Vaccination Hyderabad 1890-1903 - 1890-1903
Year: 1890
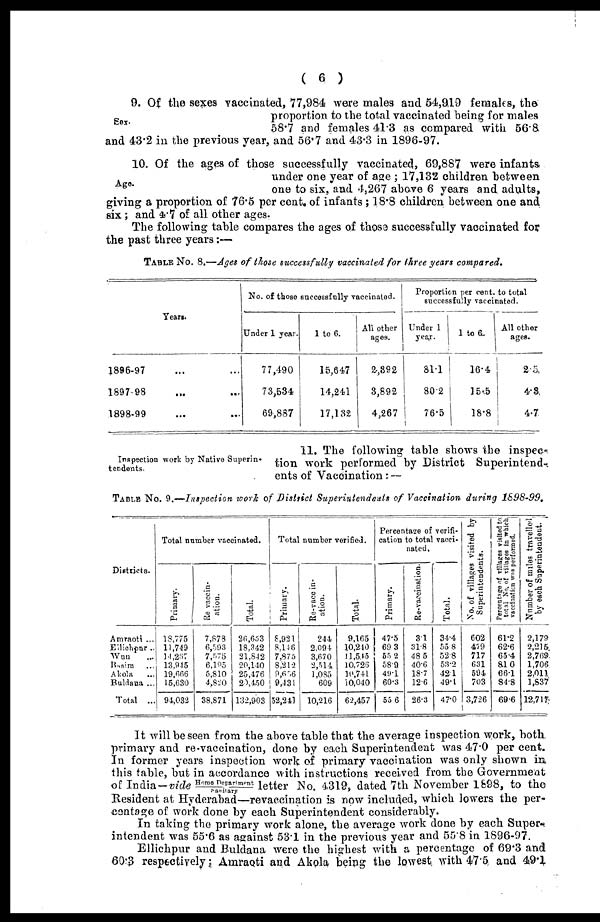
( 6 )
Sex.
9. Of the sexes vaccinated, 77,984 were males and 54,919 females, the
proportion to the total vaccinated being for males
58.7 and females 41.3 as compared with 56.8
and 43.2 in the previous year, and 56.7 and 43.3 in 1896-97.
Age.
10. Of the ages of those successfully vaccinated, 69,887 were infants.
under one year of age ; 17,132 children between
one to six, and 4,267 above 6 years and adults,
giving a proportion of 76.5 per cent. of infants ; 18.8 children between one and
six; and 4.7 of all other ages.
The following table compares the ages of those successfully vaccinated for
the past three years:—
TABLE No. 8.—Ages of those successfully vaccinated for three years compared.
Years .
1896-97 ... ...
1897.98
...
...
1898-99
...
...
No. of those successfully vaccinated.
Under 1 year.
77,490
73,534
69,887
1 to 6.
15,647
14,24,1
17,132
All other
ages.
2,392
3,892
4,267
Proportion per cent. to total
successfully vaccinated.
Under 1
year.
81.1
80.2
76.5
1 to 6.
16.4
15.5
18.8
All other
ages.
2.5
4.3
4.7
Inspection work by Native Superin¬
tendents.
11. The following table shows the inspec-
tion work performed by District Superintend-,
ents of Vaccination: —
TABLE No. 9.—Inspection work of District Superintendents of Vaccination during 1898-99.
Districts.
Amraoti ...
Ellichpur ..
Wun ...
Basim ...
Akola ...
Buldana ...
TOTAL ...
Total number vaccinated.
Primary.
18,775
11,749
14,267
13,945
19,666
15,630
94,032
Re vaccin-
ation.
7,873
6,593
7,575
6,195
5,810
4,820
38,871
Total.
26,653
18,342
21,842
20,140
25,476
20,450
132,903
Total number verified.
Primary.
8,921
8,146
7,875
8,212
9,656
9,431
52,241
Re-vaccin¬
ation.
244
2,094
3,670
2,514
1,085
609
10,216
Total.
9,165
10,240
11,545
10,726
10,741
10,040
62,457
Percentage of verifi-
cation to total vacci¬
nated.
Primary.
47.5
69.3
55.2
58.9
49.1
60.3
55.6
Re-vaccination.
3.1
31.8
48.5
40.6
18.7
12.6
26.3
Total.
34.4
55.8
52.8
53.2
42.1
49.1
47.0
No. of villages visited by
Superintendents.
602
479
717
631
594
703
3,726
Percentage of villages visited to
total No. of villages in which
vaccination was performed.
61.2
62.6
65.4
81.0
66.1
84.8
69.6
Number of miles travelled
by each Superintendent.
2,179
2,215
2,769
1,706
2,011
1,837
12,717
It will be seen from the above table that the average inspection work, both,
primary and re-vaccination, done by each Superintendent was 47.0 per cent.
In former years inspection work of primary vaccination was only shown in
this table, but in accordance with instructions received from the Government
of India—vide Home Depart ment / sani t ary letter No. 4319, dated 7th November 1898, to the
Resident at Hyderabad—revaccination is now included, which lowers the per-
centage of work done by each Superintendent considerably.
In taking the primary work alone, the average work done by each Super.
intendent was 55.6 as against 53.1 in the previous year and 55.8 in 1896-97.
Ellichpur and Buldana were the highest with a percentage of 69.3 and
60.3 respectively; Amraoti and Akola being the lowest, with 47.5 and 49.1